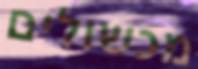
מכשולים